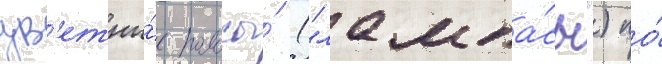
цв'етны́е полосы́ ("лампа́сы") по́